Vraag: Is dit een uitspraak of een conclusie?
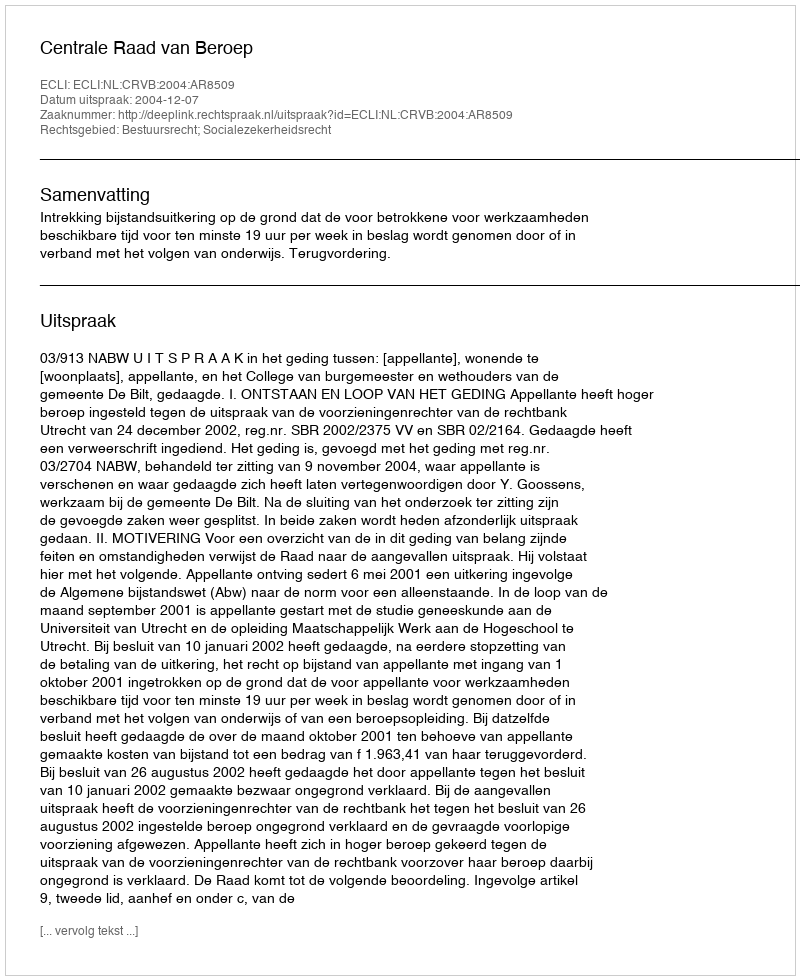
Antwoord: Uitspraak